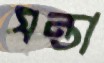
সন্তা